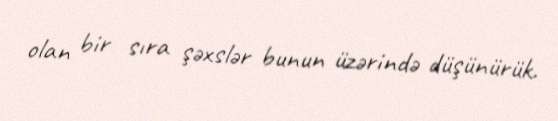
olan bir sıra şəxslər bunun üzərində düşünürük.